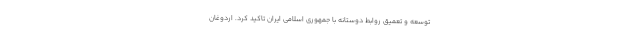
توسعه و تعمیق روابط دوستانه با جمهوری اسلامی ایران تاکید کرد. اردوغان